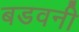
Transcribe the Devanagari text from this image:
बडवनी